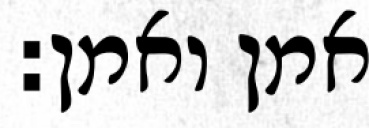
אמן ואמן: